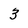
Character: 3